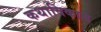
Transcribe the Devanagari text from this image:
कथाविकास